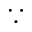
\because